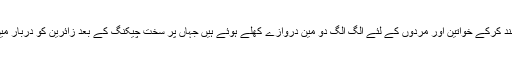
دربار کے تمام دروازے بند کرکے خواتین اور مردوں کے لئے الگ الگ دو مین دروازے کھلے ہوئے ہیں جہاں پر سخت چیکنگ کے بعد زائرین کو دربار میں داخل ہونے دیا جاتا ہے۔